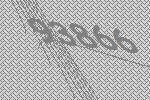
93866